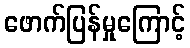
ဖောက်ပြန်မှုကြောင့်